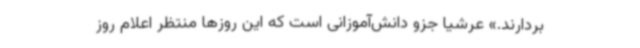
بردارند.» عرشیا جزو دانش‌آموزانی است که این روزها منتظر اعلام روز